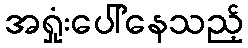
အရှုံးပေါ်နေသည့်